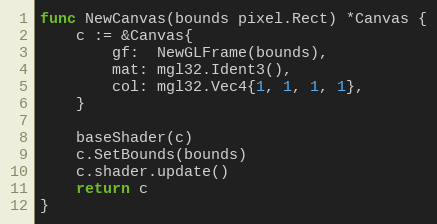
Language: Go
func NewCanvas(bounds pixel.Rect) *Canvas {
	c := &Canvas{
		gf:  NewGLFrame(bounds),
		mat: mgl32.Ident3(),
		col: mgl32.Vec4{1, 1, 1, 1},
	}

	baseShader(c)
	c.SetBounds(bounds)
	c.shader.update()
	return c
}